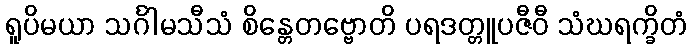
ရူပိမယာ သင်္ဂါမသီသံ စိန္တေတဗ္ဗောတိ ပရဒတ္တူပဇီဝီ သံဃရက္ခိတံ